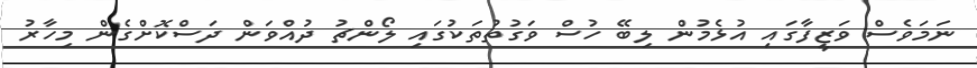
ނަމަވެސް ވަޒީފާގައި އުޅެމުން ލިބޭ ހުސް ވަގުތުތަކުގައި ލޯންޗު ދުއްވަން ދަސްކޮށްގެން މިހާރު